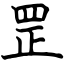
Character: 罡